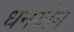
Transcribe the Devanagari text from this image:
धनयोग